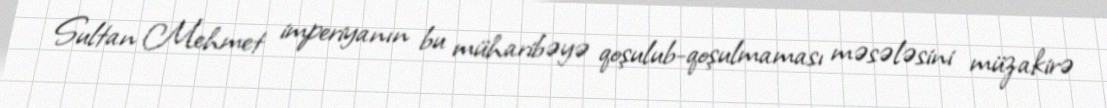
Sultan Mehmet imperiyanın bu müharibəyə qoşulub-qoşulmaması məsələsini müzakirə